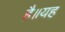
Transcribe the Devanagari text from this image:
है॥यह